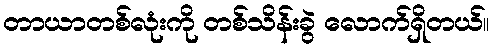
တာယာတစ်လုံးကို တစ်သိန်းခွဲ လောက်ရှိတယ်။